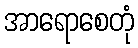
အာရောစေတုံ